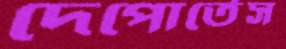
দেপোর্তেস